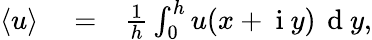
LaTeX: \begin{array}{rlr}{\langle u\rangle}&{{}=}&{\frac{1}{h}\int_{0}^{h}u(x+\mathrm{~i~}y)\, \mathrm{~d~}y,}\end{array}